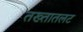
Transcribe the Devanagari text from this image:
तख्तातलट